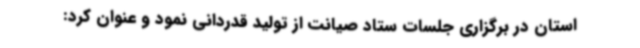
استان در برگزاری جلسات ستاد صیانت از تولید قدردانی نمود و عنوان کرد: